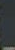
-